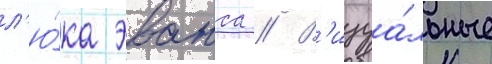
л'ю́ка эванса // В'изуа́льные